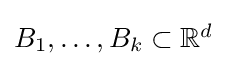
\textstyle B_{1},\dots ,B_{k}\subset \mathbb {R} ^{d}